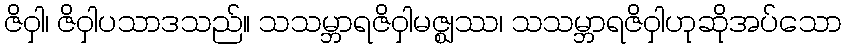
ဇိဝှါ၊ ဇိဝှါပသာဒသည်။ သသမ္ဘာရဇိဝှါမဇ္ဈဿ၊ သသမ္ဘာရဇိဝှါဟုဆိုအပ်သော